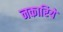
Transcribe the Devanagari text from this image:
नकारिये